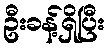
ဦးခန့်ရှိပြီး